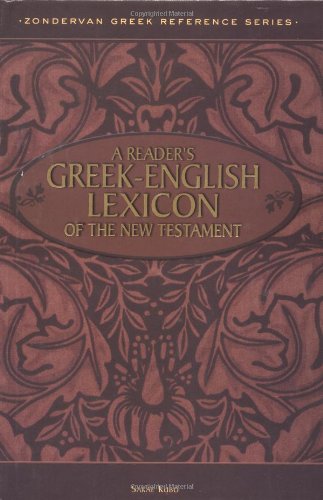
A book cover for A Reader's Greek-English Lexicon of the New Testament (Zondervan Greek Reference Series); Sakae Kubo; Christian Books & Bibles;